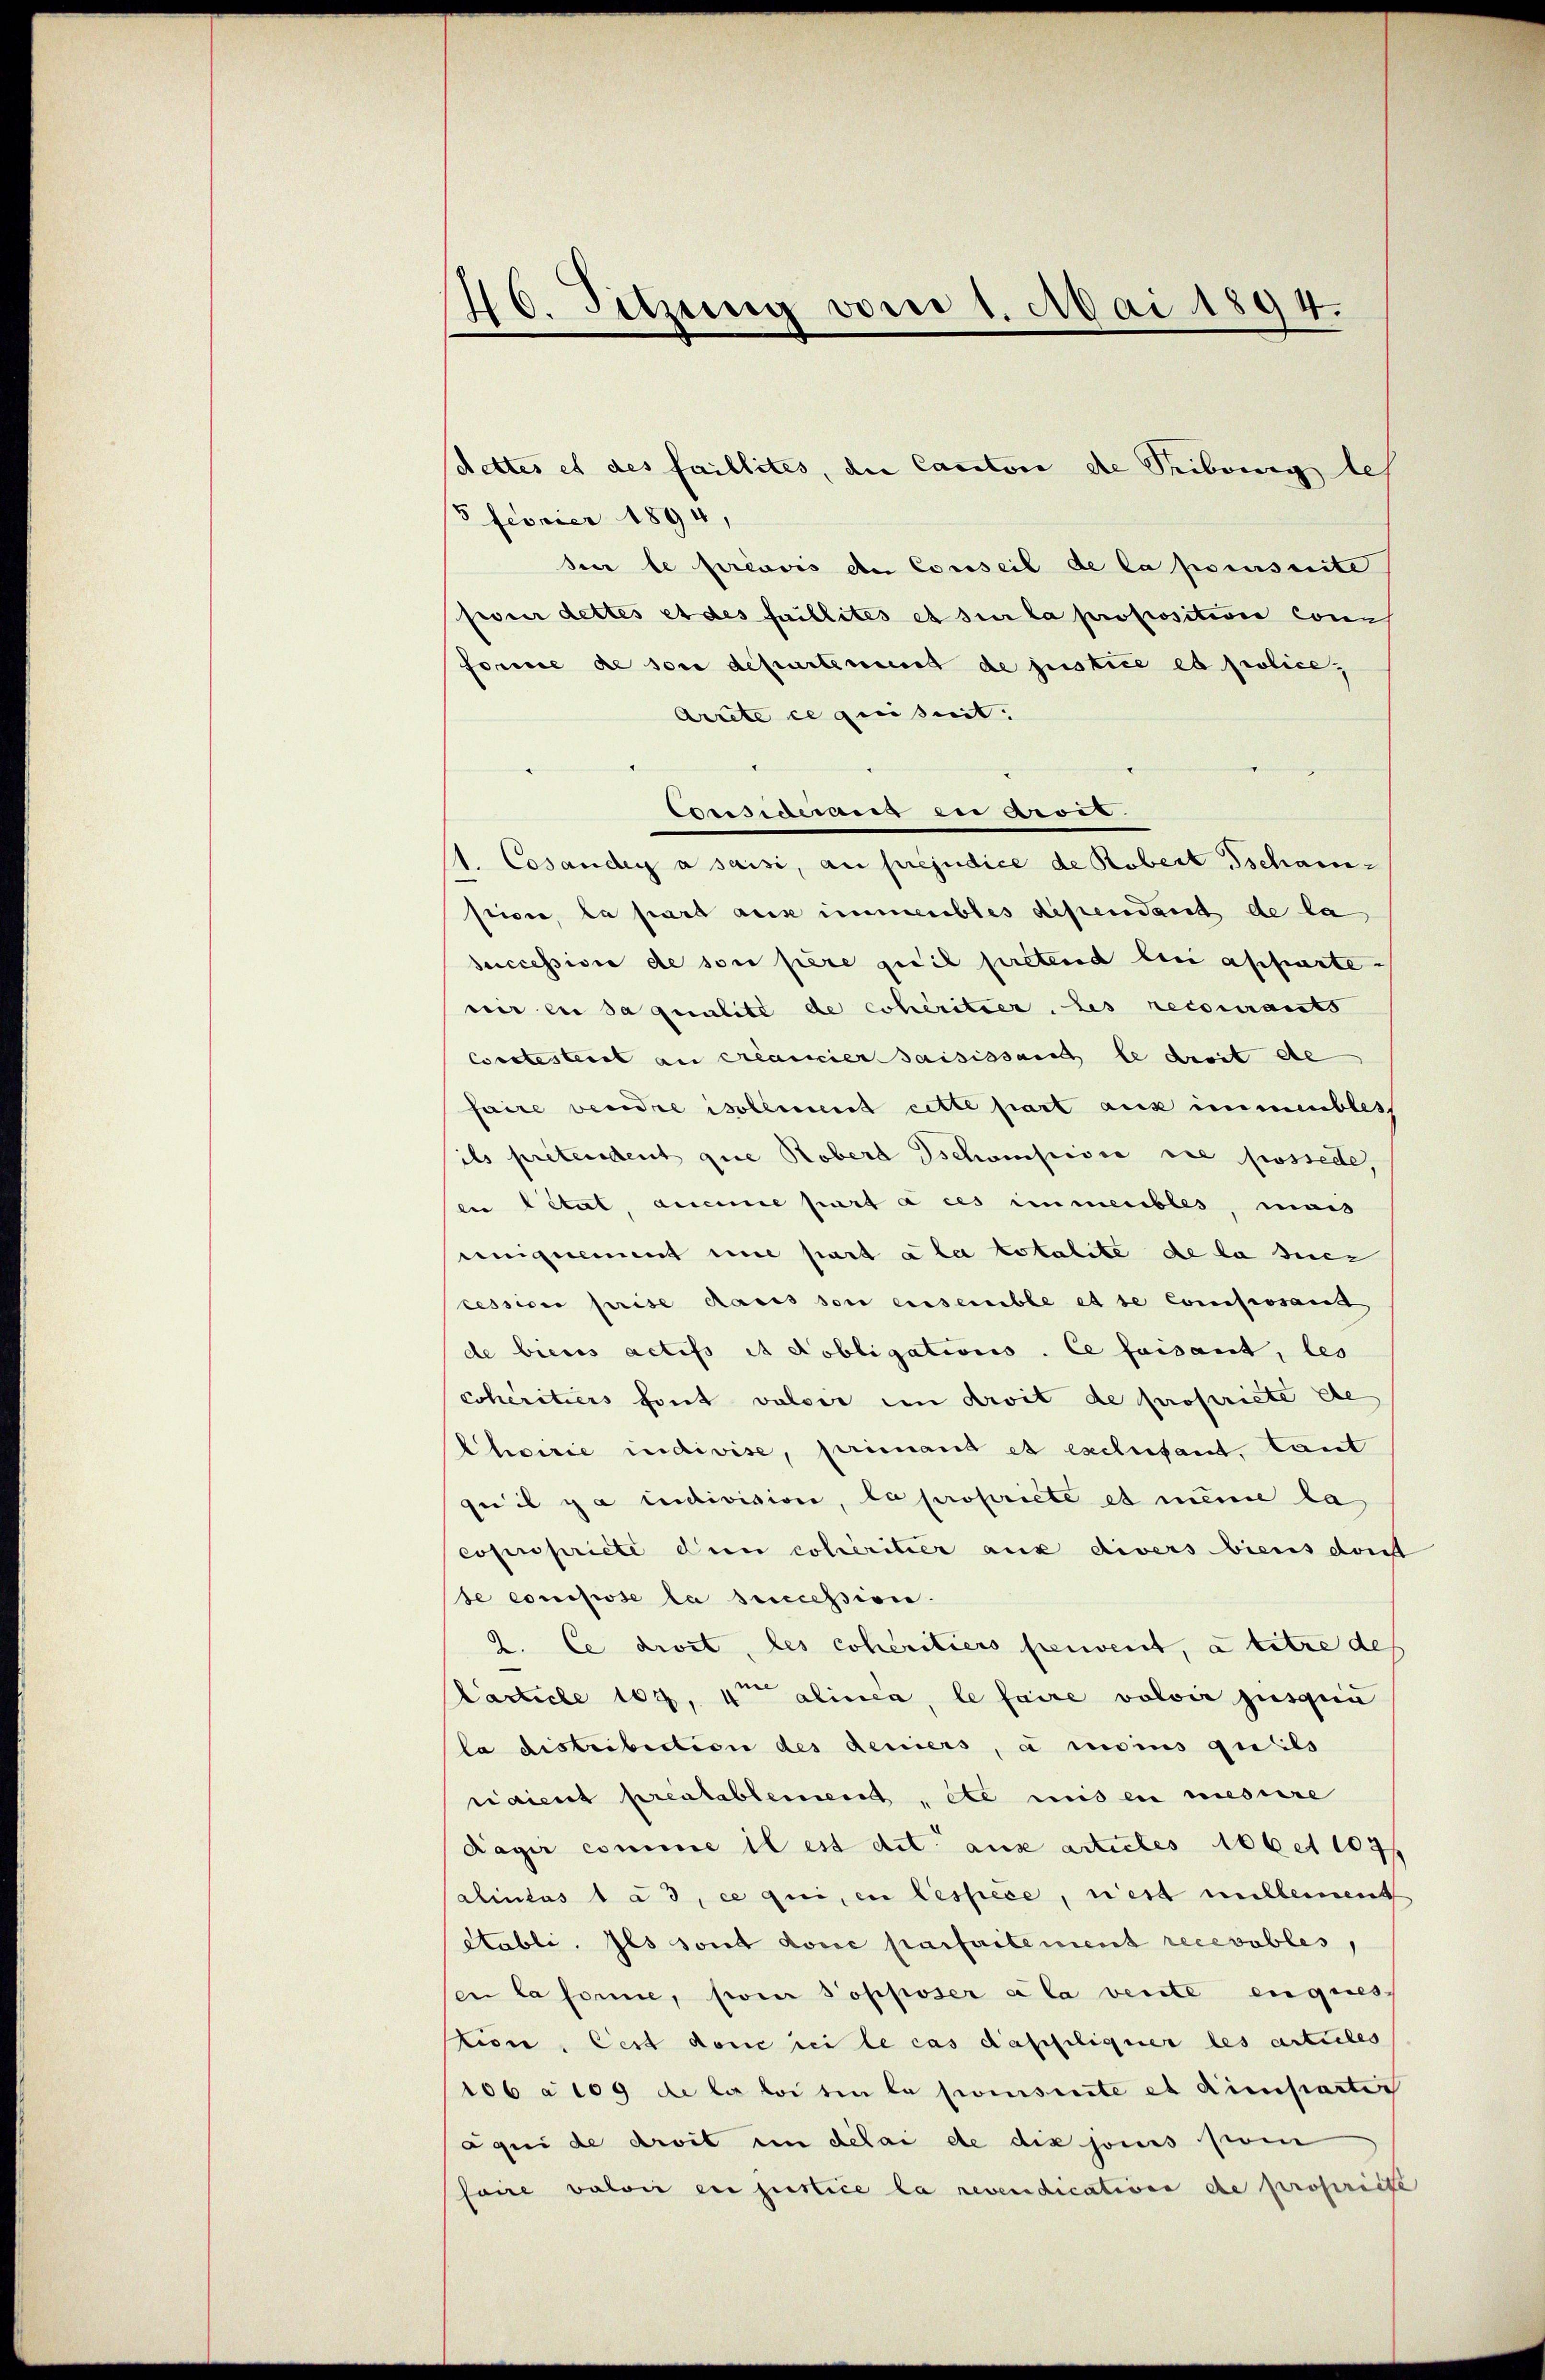
46. Sitzung vom 1. Mai 1894.

/3 Feorier 1894,
seer le préavis de Conseil de la poursuite
pouir dettes et des faillites et sur la proposition conn
forme de son departement de justice es police¬
Arrete ce quisit.
Considerart en droit.
1. Cosander a saisi, au préjudice de Robert Tschanstice, la part aus immeubles dependant de la
succession de son père gesil pretend bei appartewir er da qualite de cohéritier, les recourants
Corstesterst au créancier saisissanch le droit de
faire verdre isolement cette part aux immeubles
ils pretendeich gute Rober schonsidee die fossede,
en état, aucune part à ces immeubles, mais
unignement eine part aber totalite de la die
cession prise daris soi ensemble et de Composant
de bieses actifs et obligations. Ce faisant, les
cohéritiers font valoir in droit de propriete de
Choirie indivise, primant et exclusant, tant
qui il y a indivision, la propriete et meine la
copropriete den cohéritier aux divers biens dont
te comisiose la succession.
2. Ce droit, les cohéritiers perient, à titre de
larticle 164. 4ten alinea, le faire volvir jusqui
la distribection des deniers, à moins qu’ils
raient préalablement, etc mis en messere
Ragir comme il est dit aux articles Abbet 1047
Chiulas 1 23, ce qui, en lessece, rest millement
Stabli. Ils sont docie parfaitement recevables,
en la forme, soin Popposer a la vente engiess
stion. Cest donc sei le cas daspiliquer les articles
106 à 109 de la loi ein la pomisierte et dimpartic
äqui de droit in délai de dix jouis som
saire valoir ein justice la revendications de propriite

schettes et des faillites, die Canton die Seibung les